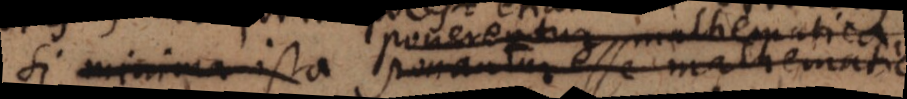
Si minima ista ponantur esse mathematica